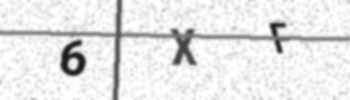
Text: 6XF